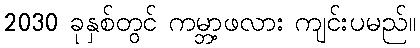
2030 ခုနှစ်တွင် ကမ္ဘာ့ဖလား ကျင်းပမည်။